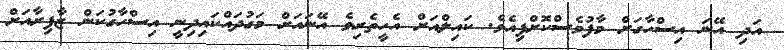
އަދި އޭނަ އިސްހާގަށް މާފުވެސްކޮށްފިއެވެ. ކައިލްއަށް އެހީތެރިވެ އޭނައަށް މަގުދައްކައިދިނީ އިސްހާގުކަން ޒާފިރާއަށް